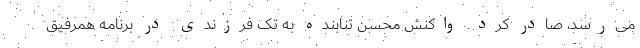
می‌رسد، صادر کرد. واکنش محسن تنابنده به تک فرزندی در برنامه همرفیق